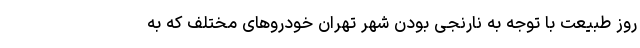
روز طبیعت با توجه به نارنجی بودن شهر تهران خودرو‌های مختلف که به